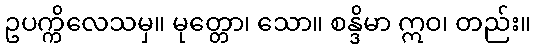
ဥပက္ကိလေသမှ။ မုတ္တော၊ သော။ စန္ဒိမာ ဣဝ၊ တည်း။